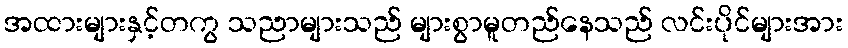
အထားများနှင့်တကွ သညာများသည် များစွာမူတည်နေသည် လင်းပိုင်များအား